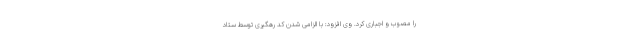
را مصوب و اجباری کرد. وی افزود: با الزامی شدن کد رهگیری توسط ستاد